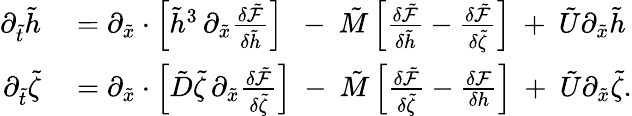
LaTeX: \begin{array}{rl}{\partial_{\tilde{t}}\tilde{h}}&{{}=\partial_{\tilde{x}}\cdot\left[\tilde{h}^{3}\, \partial_{\tilde{x}}\frac{\delta\tilde{\mathcal{F}}}{\delta\tilde{h}}\right]\ \ -\ \tilde{M}\left[\frac{\delta\tilde{\mathcal{F}}}{\delta\tilde{h}}-\frac{\delta\tilde{\mathcal{F}}}{\delta\tilde{\zeta}}\right]\ +\ \tilde{U}\partial_{\tilde{x}}\tilde{h}}\\ {\partial_{\tilde{t}}\tilde{\zeta}}&{{}=\partial_{\tilde{x}}\cdot\left[\tilde{D}\tilde{\zeta}\, \partial_{\tilde{x}}\frac{\delta\tilde{\mathcal{F}}}{\delta\tilde{\zeta}}\right]\ -\ \tilde{M}\left[\frac{\delta\tilde{\mathcal{F}}}{\delta\tilde{\zeta}}-\frac{\delta\mathcal{F}}{\delta h}\right]\ +\ \tilde{U}\partial_{\tilde{x}}\tilde{\zeta}.}\end{array}